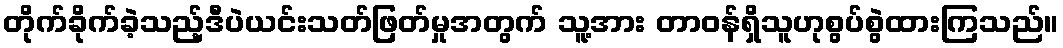
တိုက်ခိုက်ခဲ့သည့်ဒီပဲယင်းသတ်ဖြတ်မှုအတွက် သူ့အား တာဝန်ရှိသူဟုစွပ်စွဲထားကြသည်။